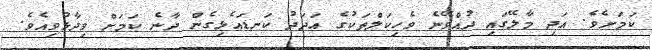
ކަމަށެވެ. އަދި މާލޭގައި ދުއްވޭނެ ވެހިކަލްތަކުގެ އަދަދު ކަނޑައެޅިގެން ދާނެ ކަމަށް ވިދާޅުވިއެވެ.